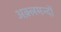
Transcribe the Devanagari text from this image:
अक़्लमन्दों